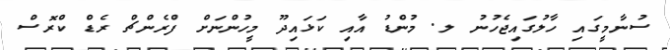
ސުނާމީގައި ހާލުގައިޖެހުނު ލ. މުންޑު އާއި ކަޅައިދޫ މީހުންނަށް ފްރެންޗް ރެޑް ކްރޮސް